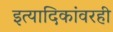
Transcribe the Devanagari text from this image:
इत्यादिकांवरही